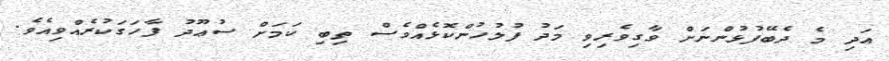
އަދި މެ ދެބޭފުޅުންނަށް ވާގިވެރިވި މަދު ފުލުހުންކޮޅެއްވެސް ތިބި ކަމަށް ސުޢޫދު ފާހަގަކުރެއްވިއެވެ.